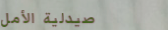
صيدلية الأمل